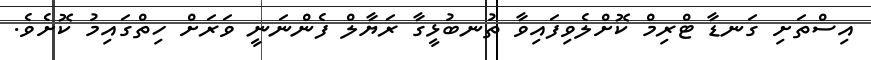
އިސްތަށި ގަނޑާ ޓްރިމް ކޮށްލެވިފައިވާ ތުނބުޅީގާ ރަޔާލް ފެންނަނީ ވަރަށް ހިތްގައިމު ކޮށެވެ.